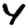
Digit: 4